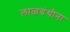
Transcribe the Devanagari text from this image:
लाळग्रंथीना